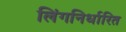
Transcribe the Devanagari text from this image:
लिंगनिर्धारित